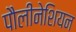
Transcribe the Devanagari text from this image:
पौलीनेशियन